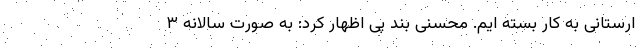
ارستانی به کار بسته ایم. محسنی بند پی اظهار کرد: به صورت سالانه ۳